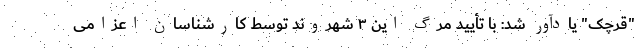
"قرچک" یادآور شد: با تأیید مرگ این ۳ شهروند توسط کارشناسان اعزامی